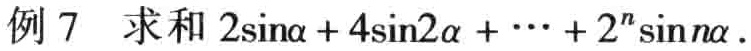
例 7 求和 \(2\sin\alpha + 4\sin2\alpha + \cdots + 2^{n}\sin n\alpha\)